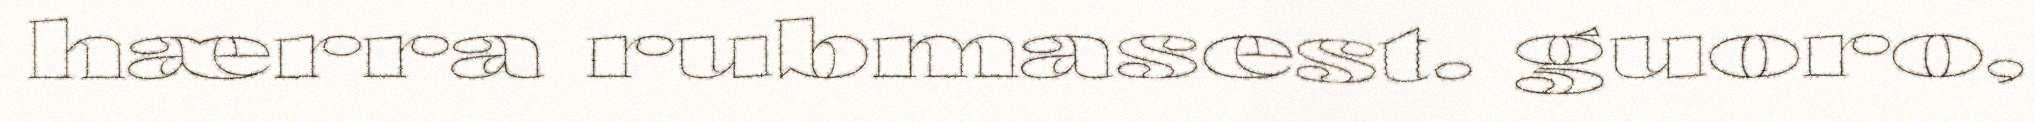
hærra rubmasest. guoro,